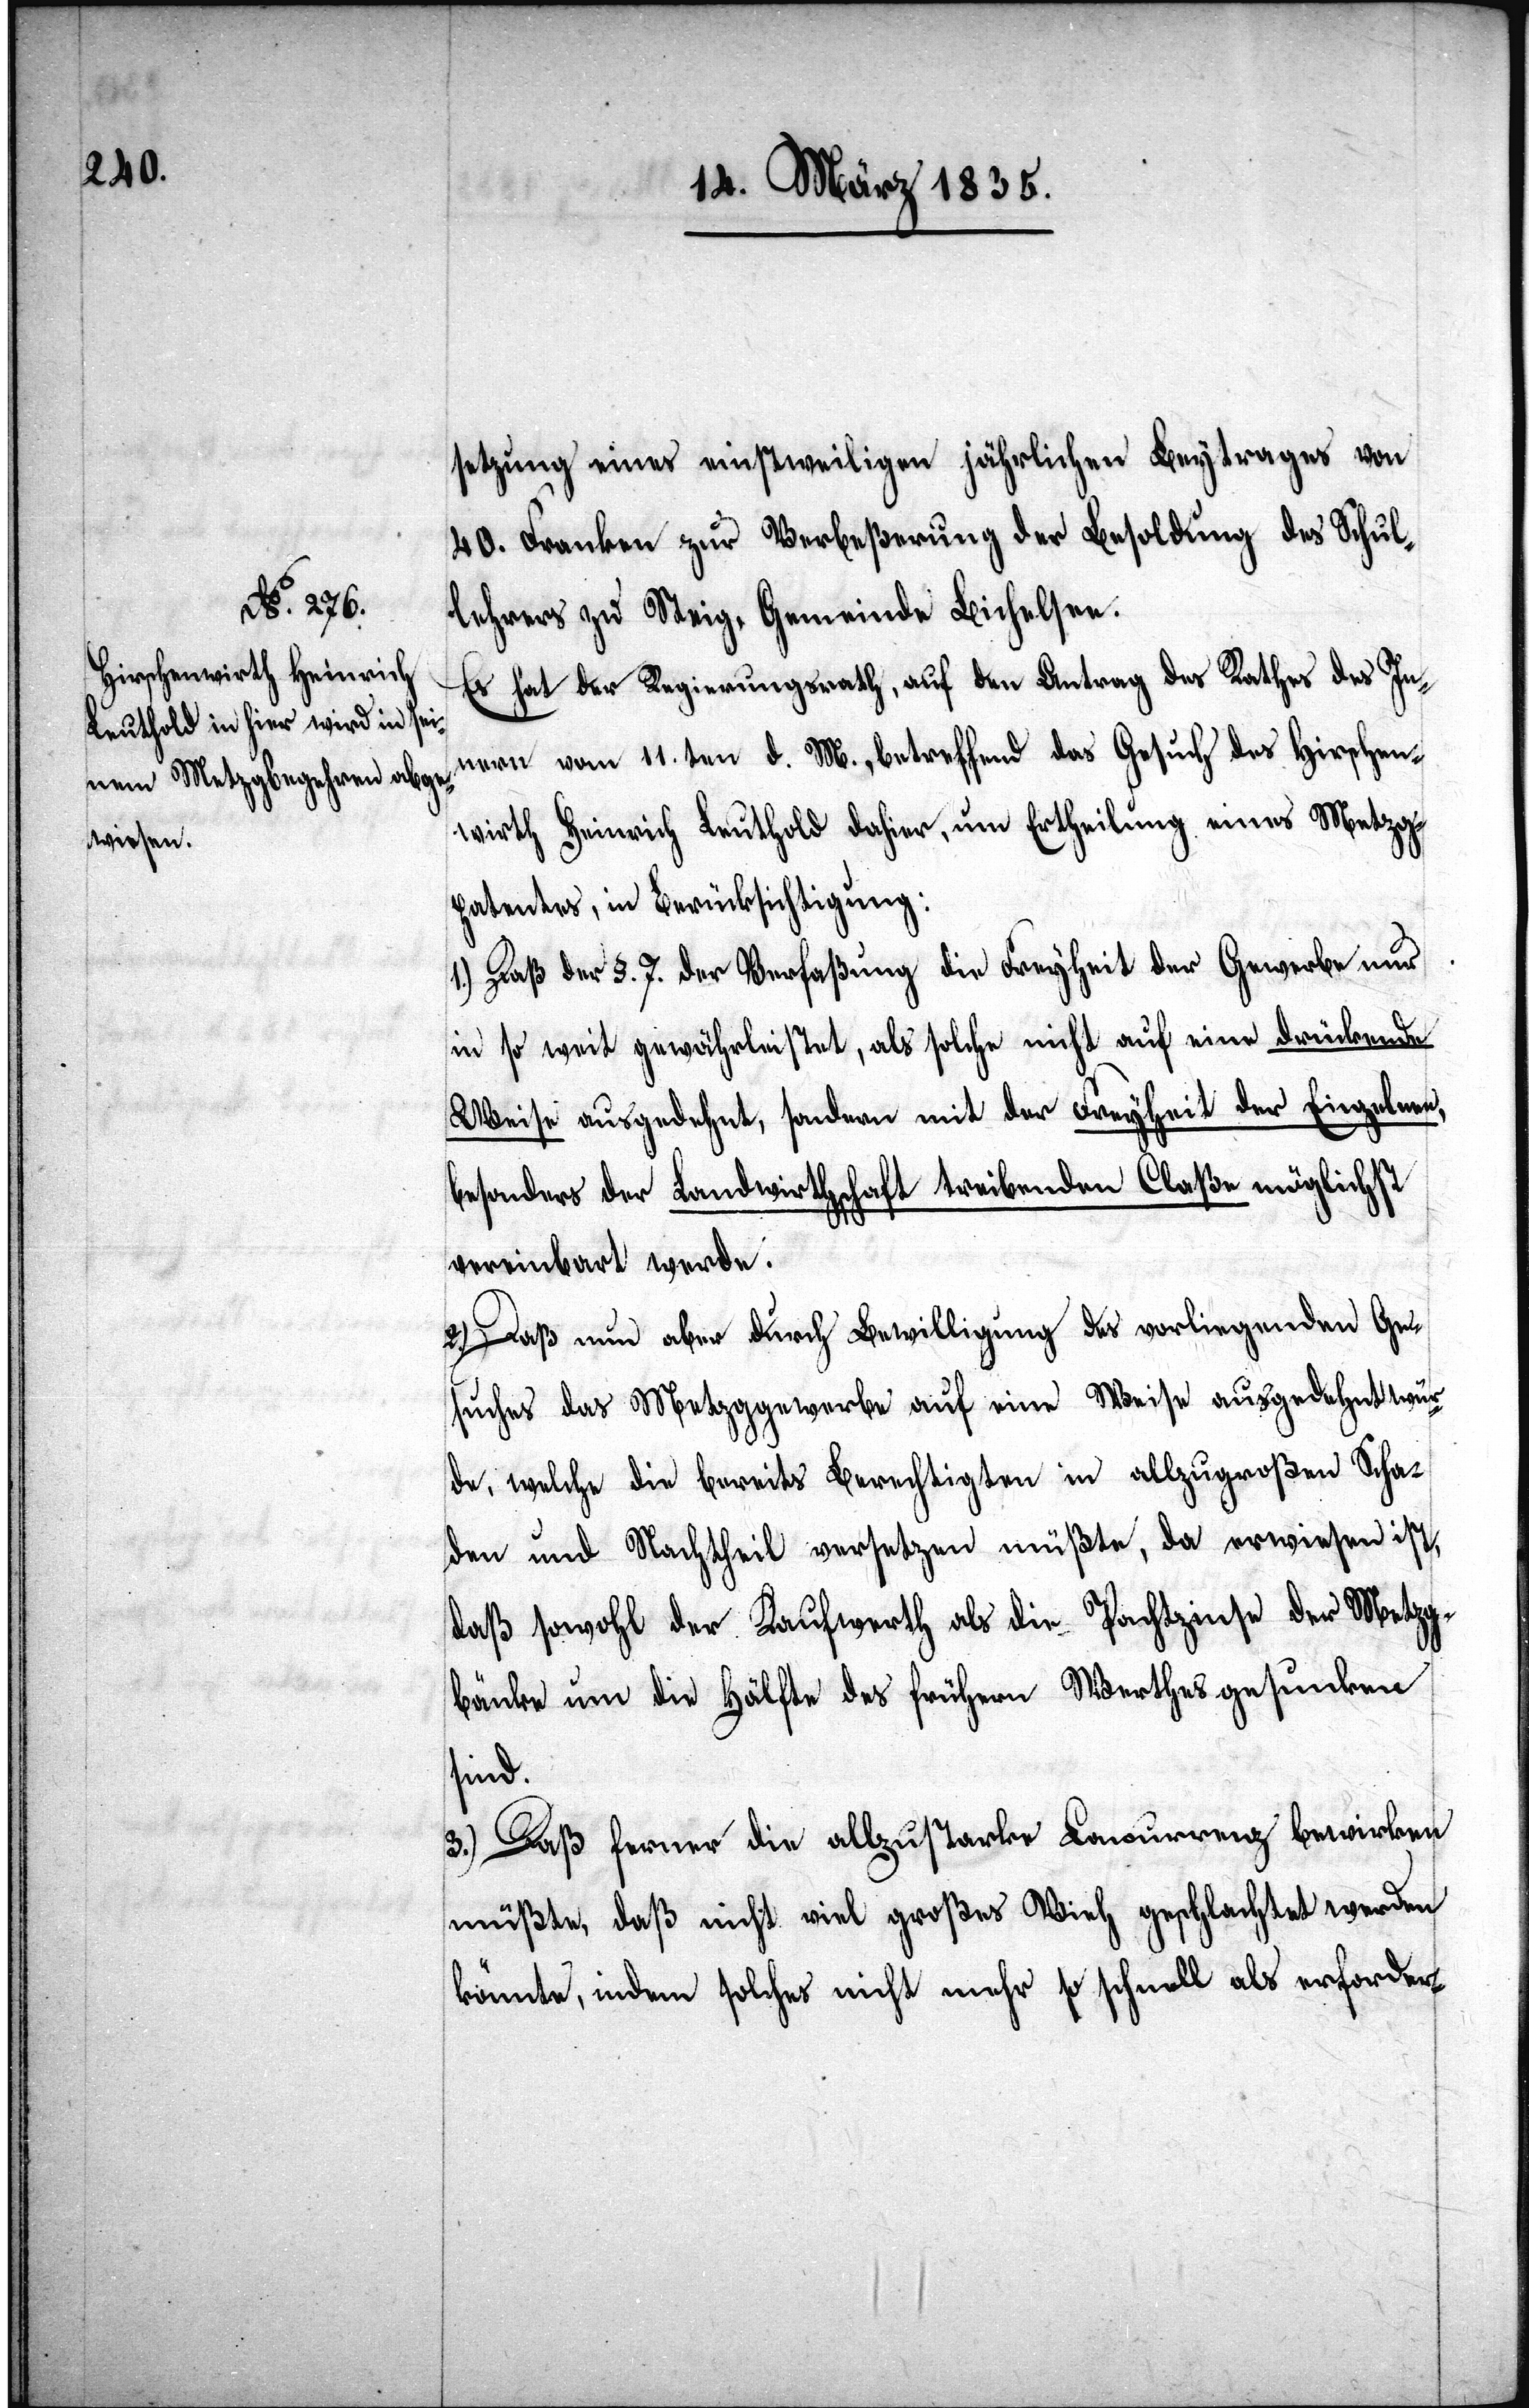
setzung eines einstweiligen jährlichen Beytrages von
40. Franken zur Verbeßerung der Besoldung des Schul¬
lehrers zu Steig, Gemeinde Bichelsee.
Es hat der Regierungsrath, auf den Antrag des Rathes des In¬
nern vom 11.ten d. M., betreffend das Gesuch des Hirschen¬
wirth Heinrich Leuthold dahier, um Ertheilung eines Metzg¬
patentes, in Berücksichtigung:
1.) Daß der §. 7. der Verfaßung die Freyheit der Gewerbe nur
in so weit gewährleistet, als solche nicht auf eine drückende
Weise ausgedehnt, sondern mit der Freyheit der Einzelnen,
besonders der Landwirthschaft treibenden Claße möglichst
vereinbart werde.
2.) Daß nun aber durch Bewilligung des vorliegenden Ge¬
suchs das Metzggewerbe auf eine Weise ausgedehnt wür¬
de, welche die bereits Berechtigten in allzugroßen Scha¬
den und Nachtheil versetzen müßte, da erwiesen ist,
daß sowohl der Kaufwerth als die Pachtzinse der Metzg¬
bänke um die Hälfte des frühern Werthes gesunken
sind.
3.) Daß ferner die allzustarke Concurrenz bewirken
müßte, daß nicht viel großes Vieh geschlachtet werden
könnte, indem solches nicht mehr so schnell als erforder-